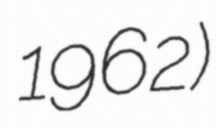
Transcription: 1962)